Medical and sanitary report of the native army of Bengal for the year
Year: 1874
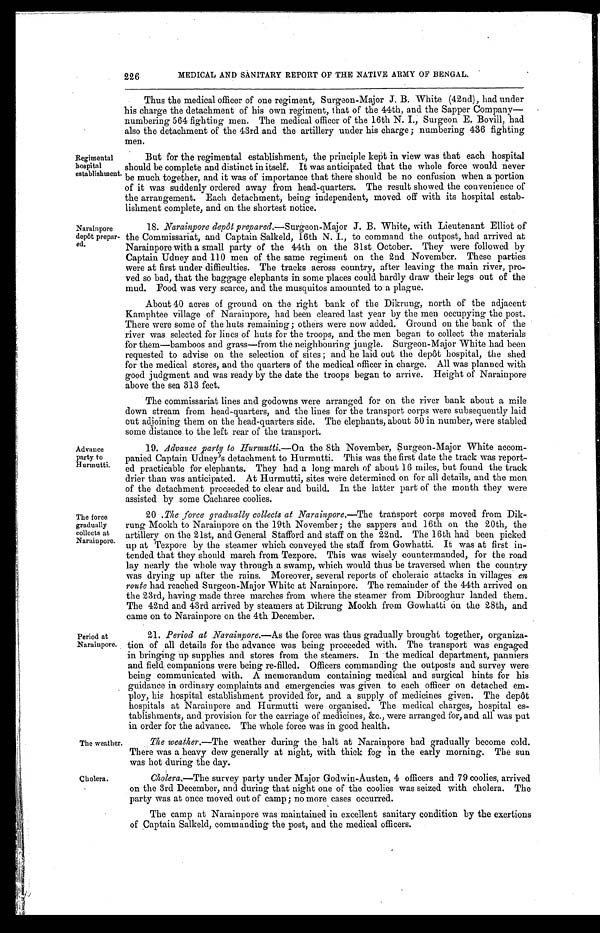
MEDICAL AND SANITARY REPORT OF THE NATIVE ARMY OF BENGAL.
Thus the medical officer of one regiment, Surgeon-Major J. B. White (42nd), had under
his charge the detachment of his own regiment, that of the 44th, and the Sapper Company—
numbering 564 fighting men. The medical officer of the 16th N. I., Surgeon E. Bovill, had
also the detachment of the 43rd and the artillery under his charge ; numbering 436 fighting
men.
226
Regimental
hospital
establishment.
Narainpore
depôt prepar-
ed.
Advance
party to
Hurmutti.
The force
gradually
collects at
Narainpore.
Period at
Narainpore.
But for the regimental establishment, the principle kept in view was that each hospital
should be complete and distinct in itself. It was anticipated that the whole force would never
be much together, and it was of importance that there should be no confusion when a portion
of it was suddenly ordered away from head-quarters. The result showed the convenience of
the arrangement. Each detachment, being independent, moved off with its hospital estab-
lishment complete, and on the shortest notice.
18. Narainpore depôt prepared .—Surgeon-Major J. B. White, with Lieutenant Elliot of
the Commissariat, and Captain Salkeld, 16th N. I., to command the outpost, had arrived at
Narainpore with a small party of the 44th on the 31st October. They were followed by
Captain Udney and 110 men of the same regiment on the 2nd November. These parties
were at first under difficulties. The tracks across country, after leaving the main river, pro-
ved so bad, that the baggage elephants in some places could hardly draw their legs out of the
mud. Food was very scarce, and the musquitos amounted to a plague.
About 40 acres of ground on the right bank of the Dikrung, north of the adjacent
Kamphtee village of Narainpore, had been cleared last year by the men occupying the post.
There were some of the huts remaining ; others were now added. Ground on the bank of the
river was selected for lines of huts for the troops, and the men began to collect the materials
for them—bamboos and grass—from the neighbouring jungle. Surgeon-Major White had been
requested to advise on the selection of sites ; and he laid out the depôt hospital, the shed
for the medical stores, and the quarters of the medical officer in charge. All was planned with
good judgment and was ready by the date the troops began to arrive. Height of Narainpore
above the sea 313 feet.
The commissariat lines and godowns were arranged for on the river bank about a mile
down stream from head-quarters, and the lines for the transport corps were subsequently laid
out adjoining them on the head-quarters side. The elephants, about 50 in number, were stabled
some distance to the left rear of the transport.
19. Advance party to Hurmutti.— On the 8th November, Surgeon-Major White accom-
panied Captain Udney's detachment to Hurmutti. This was the first date the track was report-
ed practicable for elephants. They had a long march of about 16 miles, but found the track
drier than was anticipated. At Hurmutti, sites were determined on for all details, and the men
of the detachment proceeded to clear and build. In the latter part of the month they were
assisted by some Cacharee coolies.
20 .The force gradually collects at Narainpore.— The transport corps moved from Dik-
rung Mookh to Narainpore on the 19th November ; the sappers and 16th on the 20th, the
artillery on the 21st, and General Stafford and staff on the 22nd. The 16th had been picked
up at Tezpore by the steamer which conveyed the staff from Gowhatti. It was at first in-
tended that they should march from Tezpore. This was wisely countermanded, for the road
lay nearly the whole way through a swamp, which would thus be traversed when the country
was drying up after the rains. Moreover, several reports of choleraic attacks in villages en
route had reached Surgeon-Major White at Narainpore. The remainder of the 44th arrived on
the 23rd, having made three marches from where the steamer from Dibrooghur landed them.
The 42nd and 43rd arrived by steamers at Dikrung Mookh from Gowhatti on the 28th, and
came on to Narainpore on the 4th December.
21. Period at Narainpore.— As the force was thus gradually brought together, organiza-
tion of all details for the advance was being proceeded with. The transport was engaged
in bringing up supplies and stores from the steamers. In the medical department, panniers
and field companions were being re-filled. Officers commanding the outposts and survey were
being communicated with. A memorandum containing medical and surgical hints for his
guidance in ordinary complaints and emergencies was given to each officer on detached em-
ploy, his hospital establishment provided for, and a supply of medicines given. The depôt
hospitals at Narainpore and Hurmutti were organised. The medical charges, hospital es-
tablishments, and provision for the carriage of medicines, &c., were arranged for, and all was put
in order for the advance. The whole force was in good health.
The weather.
Cholera.
The weather.—The weather during the halt at Narainpore had gradually become cold.
There was a heavy dew generally at night, with thick fog in the early morning. The sun
was hot during the day.
Cholera.—The survey party under Major Godwin-Austen, 4 officers and 79 coolies, arrived
on the 3rd December, and during that night one of the coolies was seized with cholera. The
party was at once moved out of camp ; no more cases occurred.
The camp at Narainpore was maintained in excellent sanitary condition by the exertions
of Captain Salkeld, commanding the post, and the medical officers.s